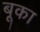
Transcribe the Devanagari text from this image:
बूका